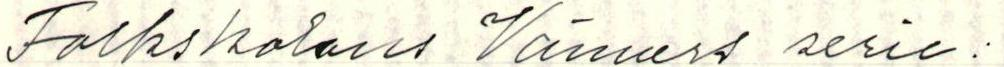
Folkskolans Vänners serie: